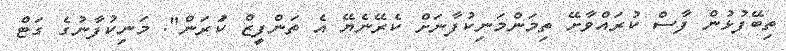
ތިބޭފުޅުން ފާސް ކުރައްވާށޭ ތިމަންމަނިކުފާނަށް ކެރޭނެޔޭ އެ ތަންފީޒް ކުަރަން". މަނިކުފާނުގެ ގަޓް